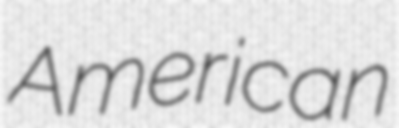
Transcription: American